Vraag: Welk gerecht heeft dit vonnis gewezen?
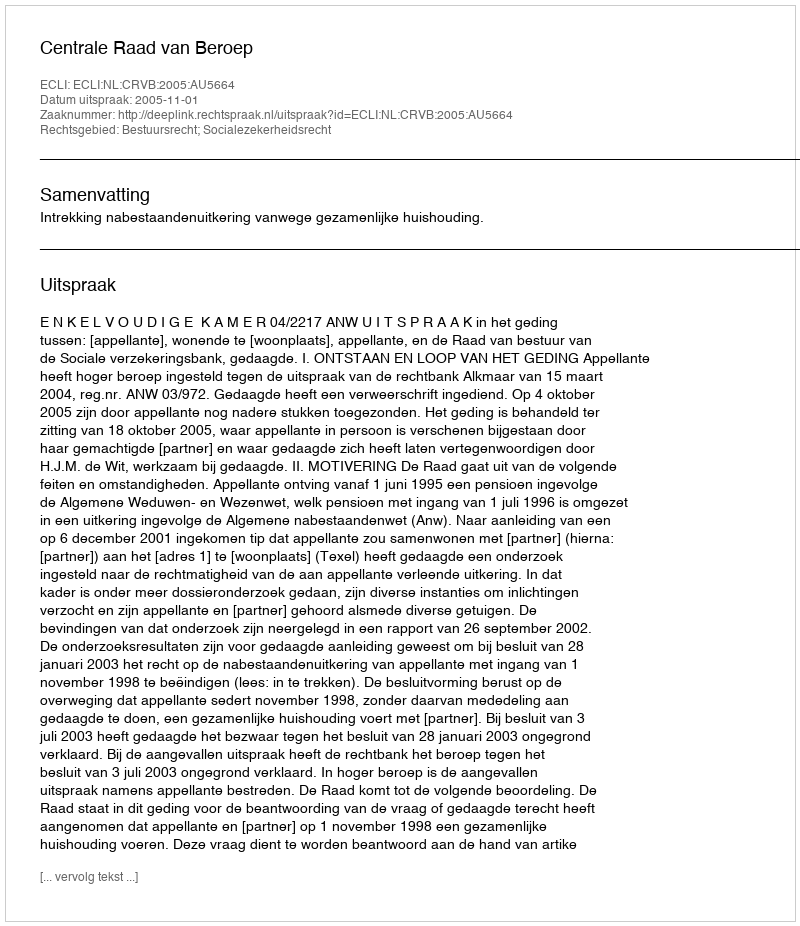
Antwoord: Centrale Raad van Beroep